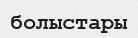
болыстары